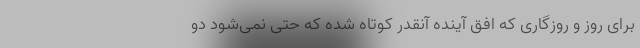
برای روز و روزگاری که افق آینده آنقدر کوتاه شده که حتی نمی‌شود دو